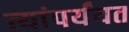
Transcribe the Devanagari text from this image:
त्यांपर्यंयत